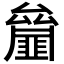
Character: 𠬘